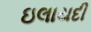
ઇલાયદી